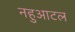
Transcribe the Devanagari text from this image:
नहुआटल